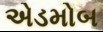
એડમોબ